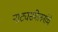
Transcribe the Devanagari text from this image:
नाट्यसंमेलनांचे